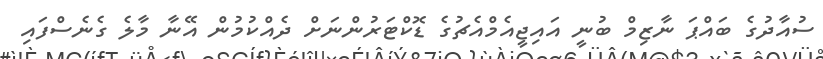
ސުއާދުގެ ބައްޕަ ނާޒިމް ބުނީ އައިޖީއެމްއެޗުގެ ޑޮކްޓަރުންނަށް ދެއްކުމުން އޭނާ މާލެ ގެނެސްފައި